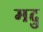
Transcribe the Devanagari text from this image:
मदु